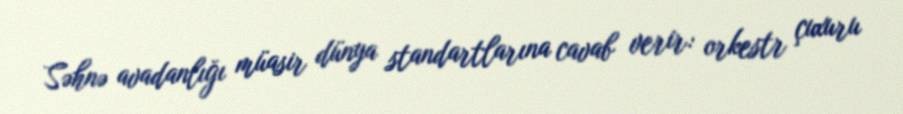
Səhnə avadanlığı müasir dünya standartlarına cavab verir: orkestr çuxuru